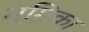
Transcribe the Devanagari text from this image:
भूूमिका